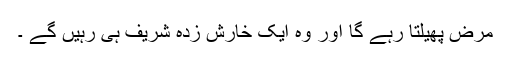
مرض پھیلتا رہے گا اور وہ ایک خارش زدہ شریف ہی رہیں گے ۔